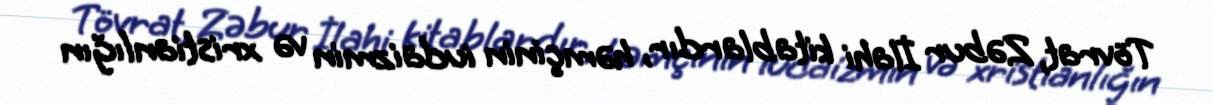
Tövrat, Zəbur İlahi kitablardır, həmçinin iudaizmin və xristianlığın